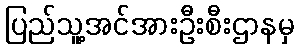
ပြည်သူ့အင်အားဦးစီးဌာနမှ